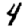
Digit: 4